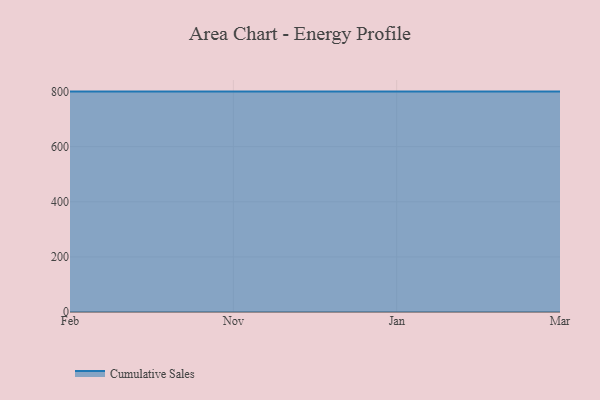
{"axis": {"x": "Month", "y": "Shipments"}, "legend": ["Cumulative Sales"], "data": [{"x": "Feb", "y": 800, "type": "Cumulative Sales"}, {"x": "Nov", "y": 800, "type": "Cumulative Sales"}, {"x": "Jan", "y": 800, "type": "Cumulative Sales"}, {"x": "Mar", "y": 800, "type": "Cumulative Sales"}]}